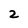
Character: 2